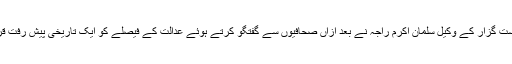
درخواست گزار کے وکیل سلمان اکرم راجہ نے بعد ازاں صحافیوں سے گفتگو کرتے ہوئے عدالت کے فیصلے کو ایک تاریخی پیش رفت قرار دیا۔